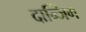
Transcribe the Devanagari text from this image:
दान्जिग